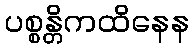
ပစ္စန္တိကထိနေန